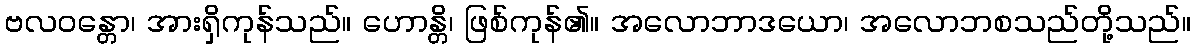
ဗလဝန္တော၊ အားရှိကုန်သည်။ ဟောန္တိ၊ ဖြစ်ကုန်၏။ အလောဘာဒယော၊ အလောဘစသည်တို့သည်။